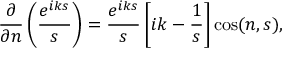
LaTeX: { \frac { \partial } { \partial n } } \left( { \frac { e ^ { i k s } } { s } } \right) = { \frac { e ^ { i k s } } { s } } \left[ i k - { \frac { 1 } { s } } \right] \cos ( n , s ) ,